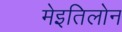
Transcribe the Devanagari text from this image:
मेइतिलोन